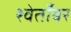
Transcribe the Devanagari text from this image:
श्वेताँबर